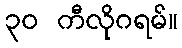
၃၀ ကီလိုဂရမ်။